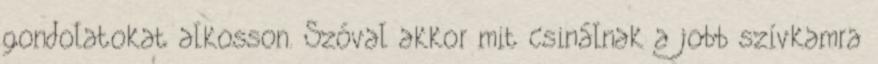
gondolatokat alkosson. Szóval akkor mit csinálnak a jobb szívkamra